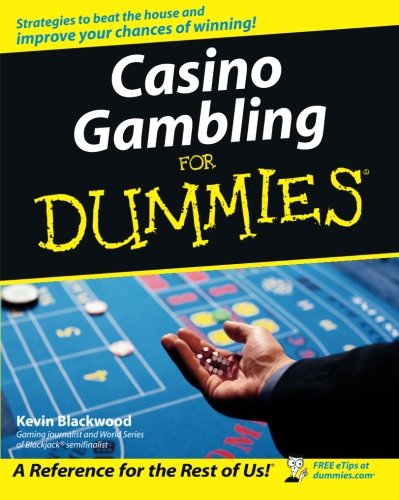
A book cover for Casino Gambling For Dummies; Kevin Blackwood; Humor & Entertainment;